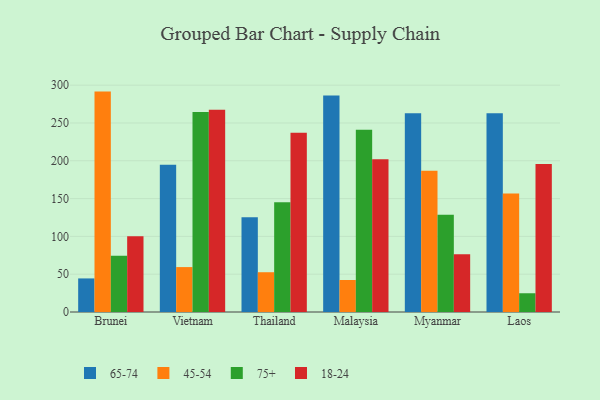
{"axis": {"x": "Country", "y": "Waste Production (Tons)"}, "legend": ["18-24", "45-54", "65-74", "75+"], "data": [{"x": "Brunei", "y": 44.4, "type": "65-74"}, {"x": "Brunei", "y": 291.5, "type": "45-54"}, {"x": "Brunei", "y": 74.3, "type": "75+"}, {"x": "Brunei", "y": 100.2, "type": "18-24"}, {"x": "Vietnam", "y": 194.7, "type": "65-74"}, {"x": "Vietnam", "y": 59.4, "type": "45-54"}, {"x": "Vietnam", "y": 264.5, "type": "75+"}, {"x": "Vietnam", "y": 267.4, "type": "18-24"}, {"x": "Thailand", "y": 125.2, "type": "65-74"}, {"x": "Thailand", "y": 52.6, "type": "45-54"}, {"x": "Thailand", "y": 145.1, "type": "75+"}, {"x": "Thailand", "y": 237.1, "type": "18-24"}, {"x": "Malaysia", "y": 286.2, "type": "65-74"}, {"x": "Malaysia", "y": 42.3, "type": "45-54"}, {"x": "Malaysia", "y": 240.9, "type": "75+"}, {"x": "Malaysia", "y": 202.0, "type": "18-24"}, {"x": "Myanmar", "y": 263.0, "type": "65-74"}, {"x": "Myanmar", "y": 186.7, "type": "45-54"}, {"x": "Myanmar", "y": 128.5, "type": "75+"}, {"x": "Myanmar", "y": 76.5, "type": "18-24"}, {"x": "Laos", "y": 262.8, "type": "65-74"}, {"x": "Laos", "y": 156.6, "type": "45-54"}, {"x": "Laos", "y": 24.8, "type": "75+"}, {"x": "Laos", "y": 195.8, "type": "18-24"}]}